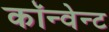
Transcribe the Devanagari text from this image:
कॉन्वेन्ट